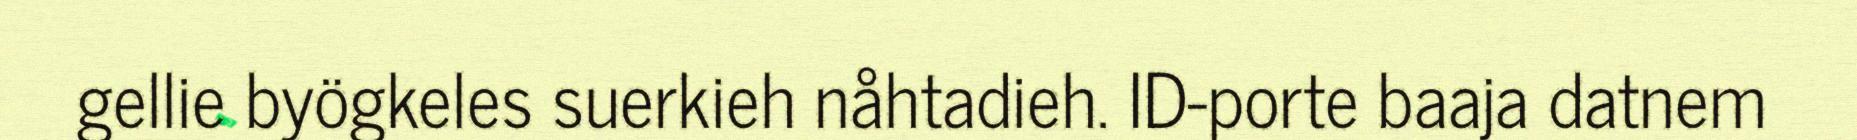
gellie byögkeles suerkieh nåhtadieh. ID-porte baaja datnem